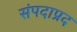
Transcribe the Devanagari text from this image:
संपदाप्रद